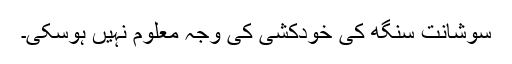
سوشانت سنگھ کی خودکشی کی وجہ معلوم نہیں ہوسکی۔